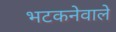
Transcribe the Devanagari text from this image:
भटकनेवाले